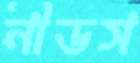
নীডস